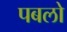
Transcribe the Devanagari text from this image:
पबलो